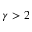
\gamma > 2